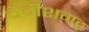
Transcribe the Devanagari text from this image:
चेदीशगढ़